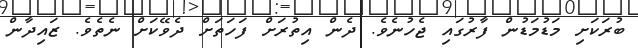
ބުރަކަށި މަޑުމަޑުން ފާރުގައި ޖެހުނެވެ. ދެން އިތުރަށް ފަހަތަށް ދެވޭކަށް ނެތެވެ. ޒައިދާން